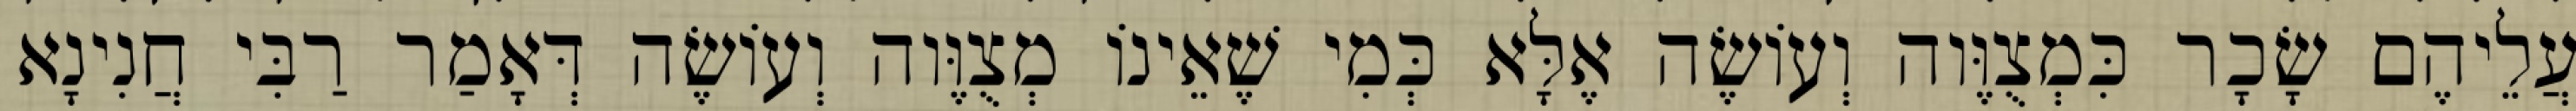
עֲלֵיהֶם שָׂכָר כִּמְצֻוֶּוה וְעוֹשֶׂה אֶלָּא כְּמִי שֶׁאֵינוֹ מְצֻוֶּוה וְעוֹשֶׂה דְּאָמַר רַבִּי חֲנִינָא